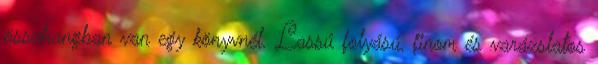
összhangban van egy könyvnél. Lassú folyású, finom és varázslatos